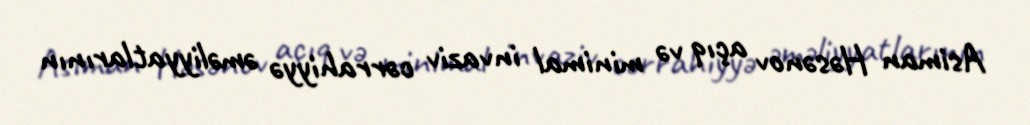
Asiman Həsənov açıq və minimal invaziv cərrahiyyə əməliyyatlarının